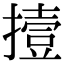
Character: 撎